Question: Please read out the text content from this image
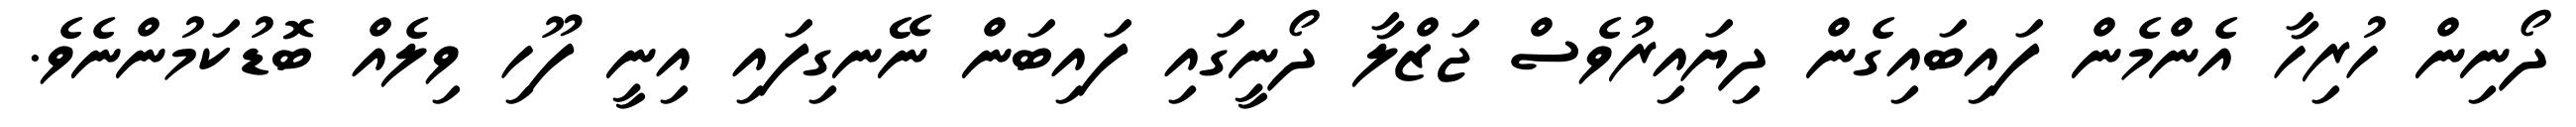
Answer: ދޯނިން ހުރިހާ އެންމެން ފައިބައިގެން ދިޔައިރުވެސް ޖަޒްލާ ދޯނީގައި ފައިބަން ނޭނގިފައި އިނީ ފޫހި ވިލެއް ބޮޑުކަމުންނެވެ.